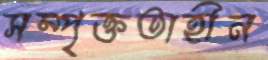
সম্পৃক্ততাহীন